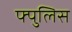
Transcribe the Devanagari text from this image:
फ्पुलिस